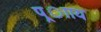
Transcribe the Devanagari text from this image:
प्र्ााय